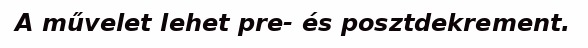
A művelet lehet pre- és posztdekrement.